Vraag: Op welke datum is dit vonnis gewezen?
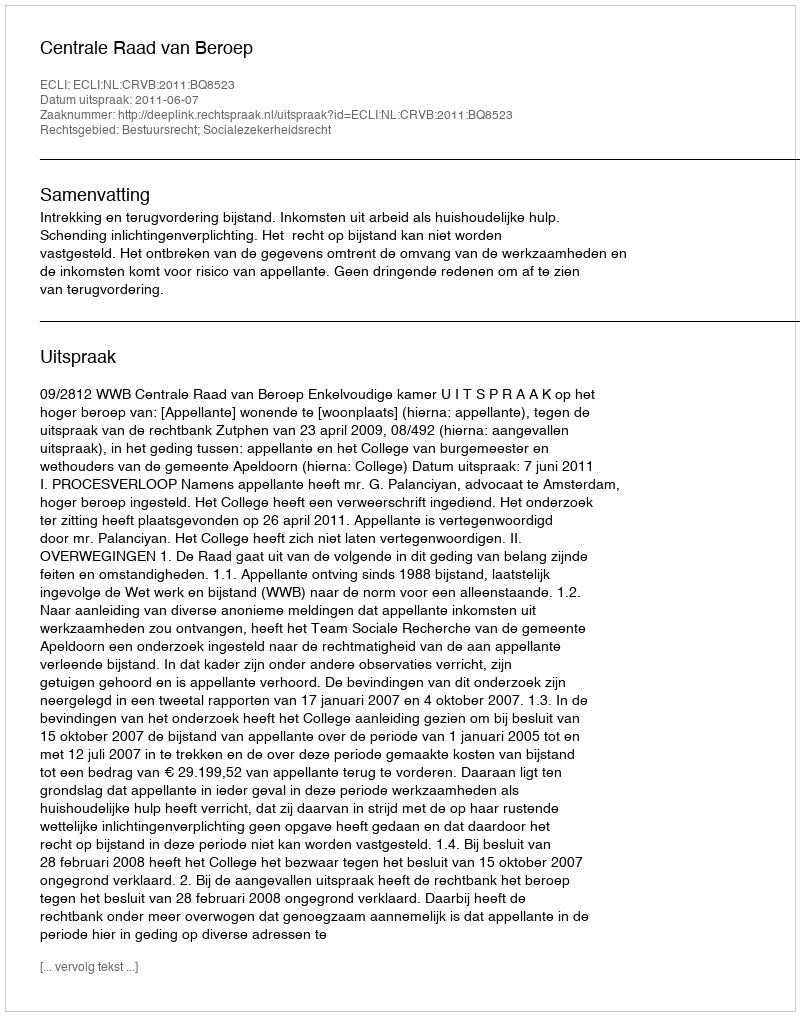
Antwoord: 2011-06-07